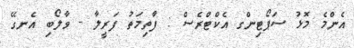
އެންމެ މޮޅު ސަޕޯޓިންގ އެކްޓްރެސް : ފާތިމަތު ފަރީލާ - ވާލޯބި އެނގޭ